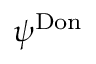
\psi ^ { \mathrm { D o n } }